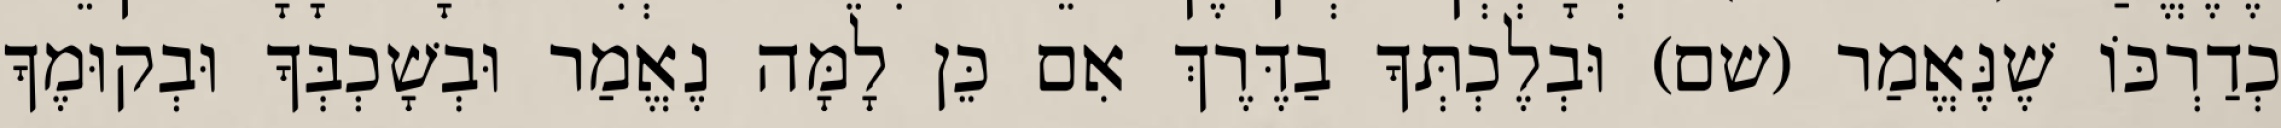
כְדַרְכּוֹ שֶׁנֶּאֱמַר (שם) וּבְלֶכְתְּךָ בַדֶּרֶךְ אִם כֵּן לָמָּה נֶאֱמַר וּבְשָׁכְבְּךָ וּבְקוּמֶךָ